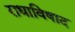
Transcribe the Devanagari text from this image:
राधाविषाद